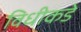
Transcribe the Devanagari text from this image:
विधीकडे